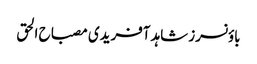
باؤنسرز شاہد آفریدی مصباح الحق